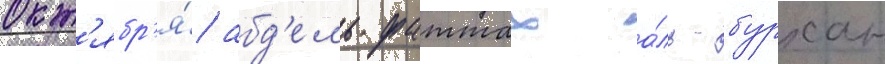
окт'ябр'я́ абд'ель фаттах а́ль-бурхан